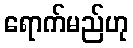
ရောက်မည်ဟု